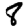
Digit: 8